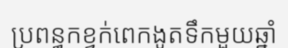
ប្រពន្ធកខ្វក់ពេកងូតទឹកមួយឆ្នាំ